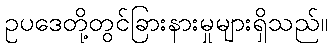
ဥပဒေတို့တွင်ခြားနားမှုများရှိသည်။